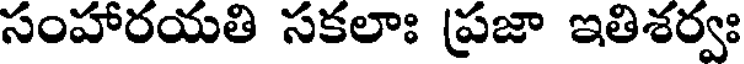
సంహారయతి సకలాః ప్రజా ఇతిశర్వః